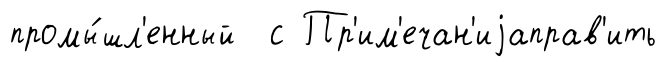
промы́шл'енный с Пр'им'ечан'иjаправ'ить